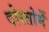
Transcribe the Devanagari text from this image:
दोस्तोमें